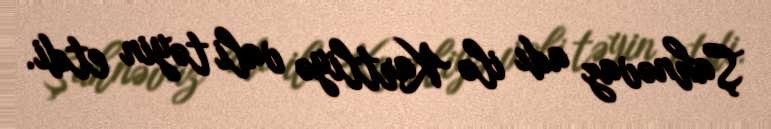
Şahnəvaz adı ilə Kartliyə vali təyin etdi.